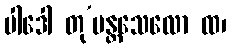
ပါဒေါ တု’ပန္တသေလော ထ၊